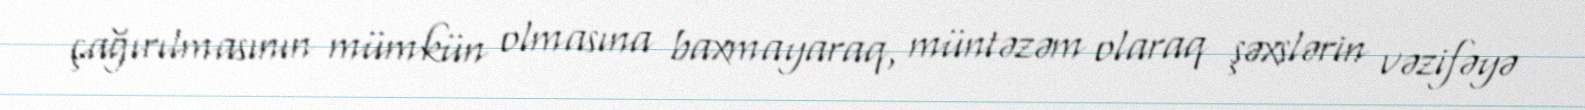
çağırılmasının mümkün olmasına baxmayaraq, müntəzəm olaraq şəxslərin vəzifəyə